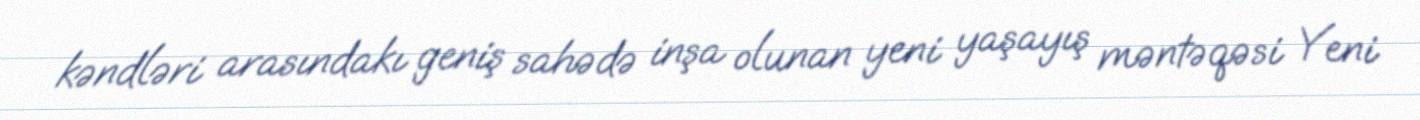
kəndləri arasındakı geniş sahədə inşa olunan yeni yaşayış məntəqəsi Yeni